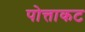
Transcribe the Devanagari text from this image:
पोत्ताकट